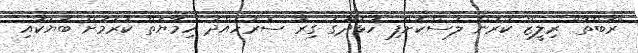
"ރާބްތާ" ރިލީޒް ކުރުން ލަސްކޮށްފި ހުޅުދޫގެ ގިރާ ސަރަހައްދު ހިމާޔަތް ކުރުމަށް ބަޔަކާއި